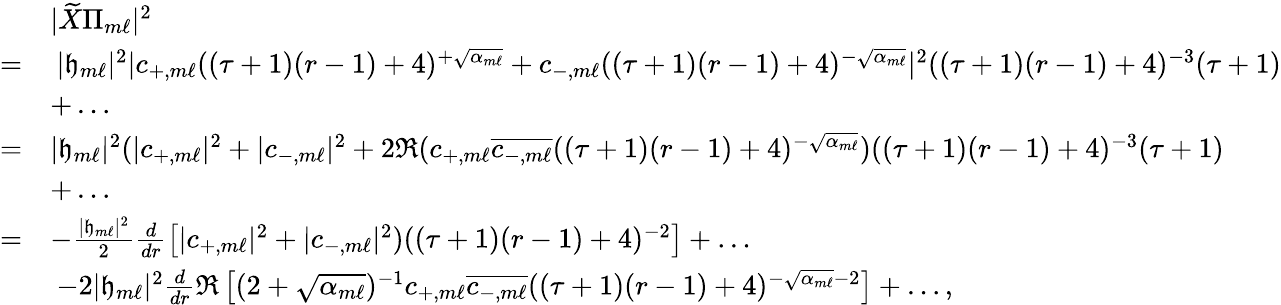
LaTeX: \begin{array}{rl}&{|\widetilde{X}\Pi_{m\ell}|^{2}}\\ {=}&{\: |{\mathfrak{h}}_{m\ell}|^{2}|c_{+,m\ell}((\tau+1)(r-1)+4)^{+\sqrt{\alpha_{m\ell}}}+c_{-,m\ell}((\tau+1)(r-1)+4)^{-\sqrt{\alpha_{m\ell}}}|^{2}((\tau+1)(r-1)+4)^{-3}(\tau+1)}\\ &{+\ldots}\\ {=}&{|{\mathfrak{h}}_{m\ell}|^{2}(|c_{+,m\ell}|^{2}+|c_{-,m\ell}|^{2}+2\Re(c_{+,m\ell}\overline{{c_{-,m\ell}}}((\tau+1)(r-1)+4)^{-\sqrt{\alpha_{m\ell}}})((\tau+1)(r-1)+4)^{-3}(\tau+1)}\\ &{+\ldots}\\ {=}&{-\frac{|{\mathfrak{h}}_{m\ell}|^{2}}{2}\frac{d}{dr}\left[|c_{+,m\ell}|^{2}+|c_{-,m\ell}|^{2})((\tau+1)(r-1)+4)^{-2}\right]+\ldots}\\ &{\: -2|{\mathfrak{h}}_{m\ell}|^{2}\frac{d}{dr}\Re\left[(2+\sqrt{\alpha_{m\ell}})^{-1}c_{+,m\ell}\overline{{c_{-,m\ell}}}((\tau+1)(r-1)+4)^{-\sqrt{\alpha_{m\ell}}-2}\right]+\ldots,}\end{array}